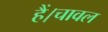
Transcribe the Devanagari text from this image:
हैं।चावल